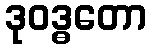
ဒုဝဒ္ဓတော